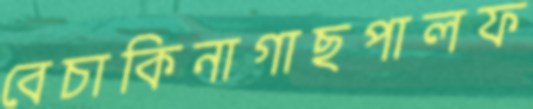
বেচাকিনাগাছপালফ